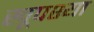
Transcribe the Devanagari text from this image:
खूपश्या